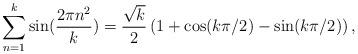
LaTeX: \begin{align*}\sum_{n=1}^{k} \sin(\frac{2\pi n^{2}}{k}) = \frac{\sqrt{k}} {2}\left( 1 + \cos(k\pi/2)-\sin(k\pi /2) \right),\end{align*}